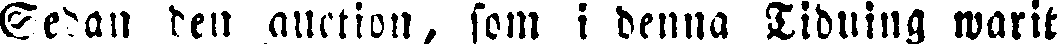
Sedan den auktion, som i denna Tidning warit